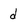
Character: d